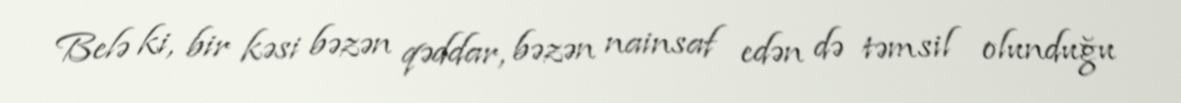
Belə ki, bir kəsi bəzən qəddar, bəzən nainsaf edən də təmsil olunduğu